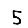
Digit: 5